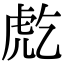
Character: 𧆫